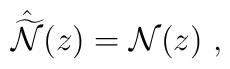
\hat {\widetilde{\cal N}}(z)={\cal N}(z)\ ,